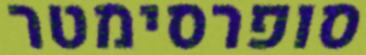
סופרסימטר